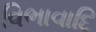
વિભાવાદિ